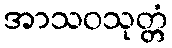
အာသဝသုတ္တံ